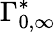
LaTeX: \Gamma_{0,\infty}^{*}